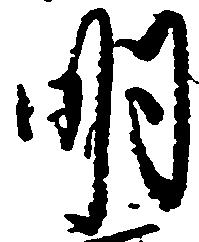
明